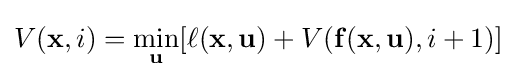
V(\mathbf {x} ,i)=\min _{\mathbf {u} }[\ell (\mathbf {x} ,\mathbf {u} )+V(\mathbf {f} (\mathbf {x} ,\mathbf {u} ),i+1)]